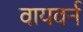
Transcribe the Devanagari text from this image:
वायवर्न